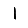
Digit: 1